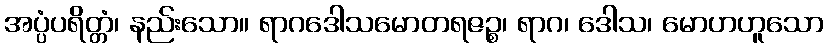
အပ္ပံပရိတ္တံ၊ နည်းသော။ ရာဂဒေါသမောတရဇဉ္စ၊ ရာဂ၊ ဒေါသ၊ မောဟဟူသော